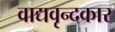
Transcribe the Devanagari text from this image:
वाद्यवृन्दकार